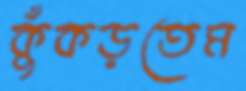
কুঁকড়তেম